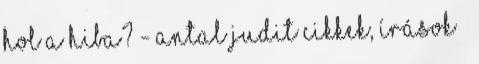
Hol a hiba? - Antal Judit Cikkek, Írások –